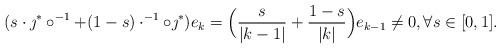
LaTeX: \begin{align*}(s\cdot \jmath^* \circ ^{-1} + (1-s) \cdot ^{-1}\circ \jmath^*)e_k =\Big ( \frac{s}{|k-1|} + \frac{1-s}{|k|} \Big ) e_{k-1} \neq 0 , \forall s \in [0,1].\end{align*}